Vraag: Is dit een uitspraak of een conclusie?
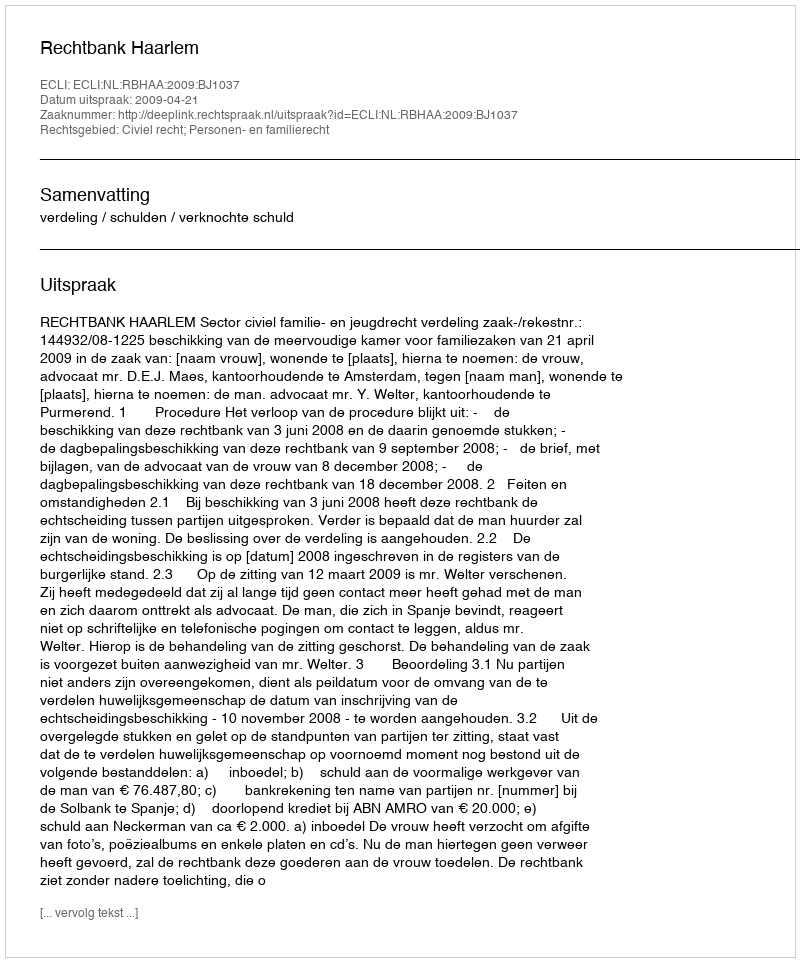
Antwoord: Uitspraak